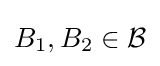
B_{1},B_{2}\in {\mathcal {B}}